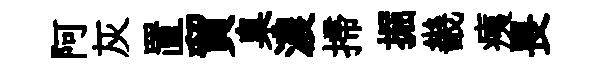
阿灰置貿臬濃掃掘畿痍畏